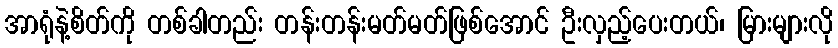
အာရုံနဲ့စိတ်ကို တစ်ခါတည်း တန်းတန်းမတ်မတ်ဖြစ်အောင် ဦးလှည့်ပေးတယ်၊ မြားများလို